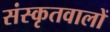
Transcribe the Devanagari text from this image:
संस्कृतवालों